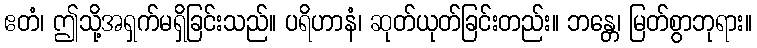
ဧတံ၊ ဤသို့အရှက်မရှိခြင်းသည်။ ပရိဟာနံ၊ ဆုတ်ယုတ်ခြင်းတည်း။ ဘန္တေ၊ မြတ်စွာဘုရား။